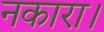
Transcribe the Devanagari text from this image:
नकारा।